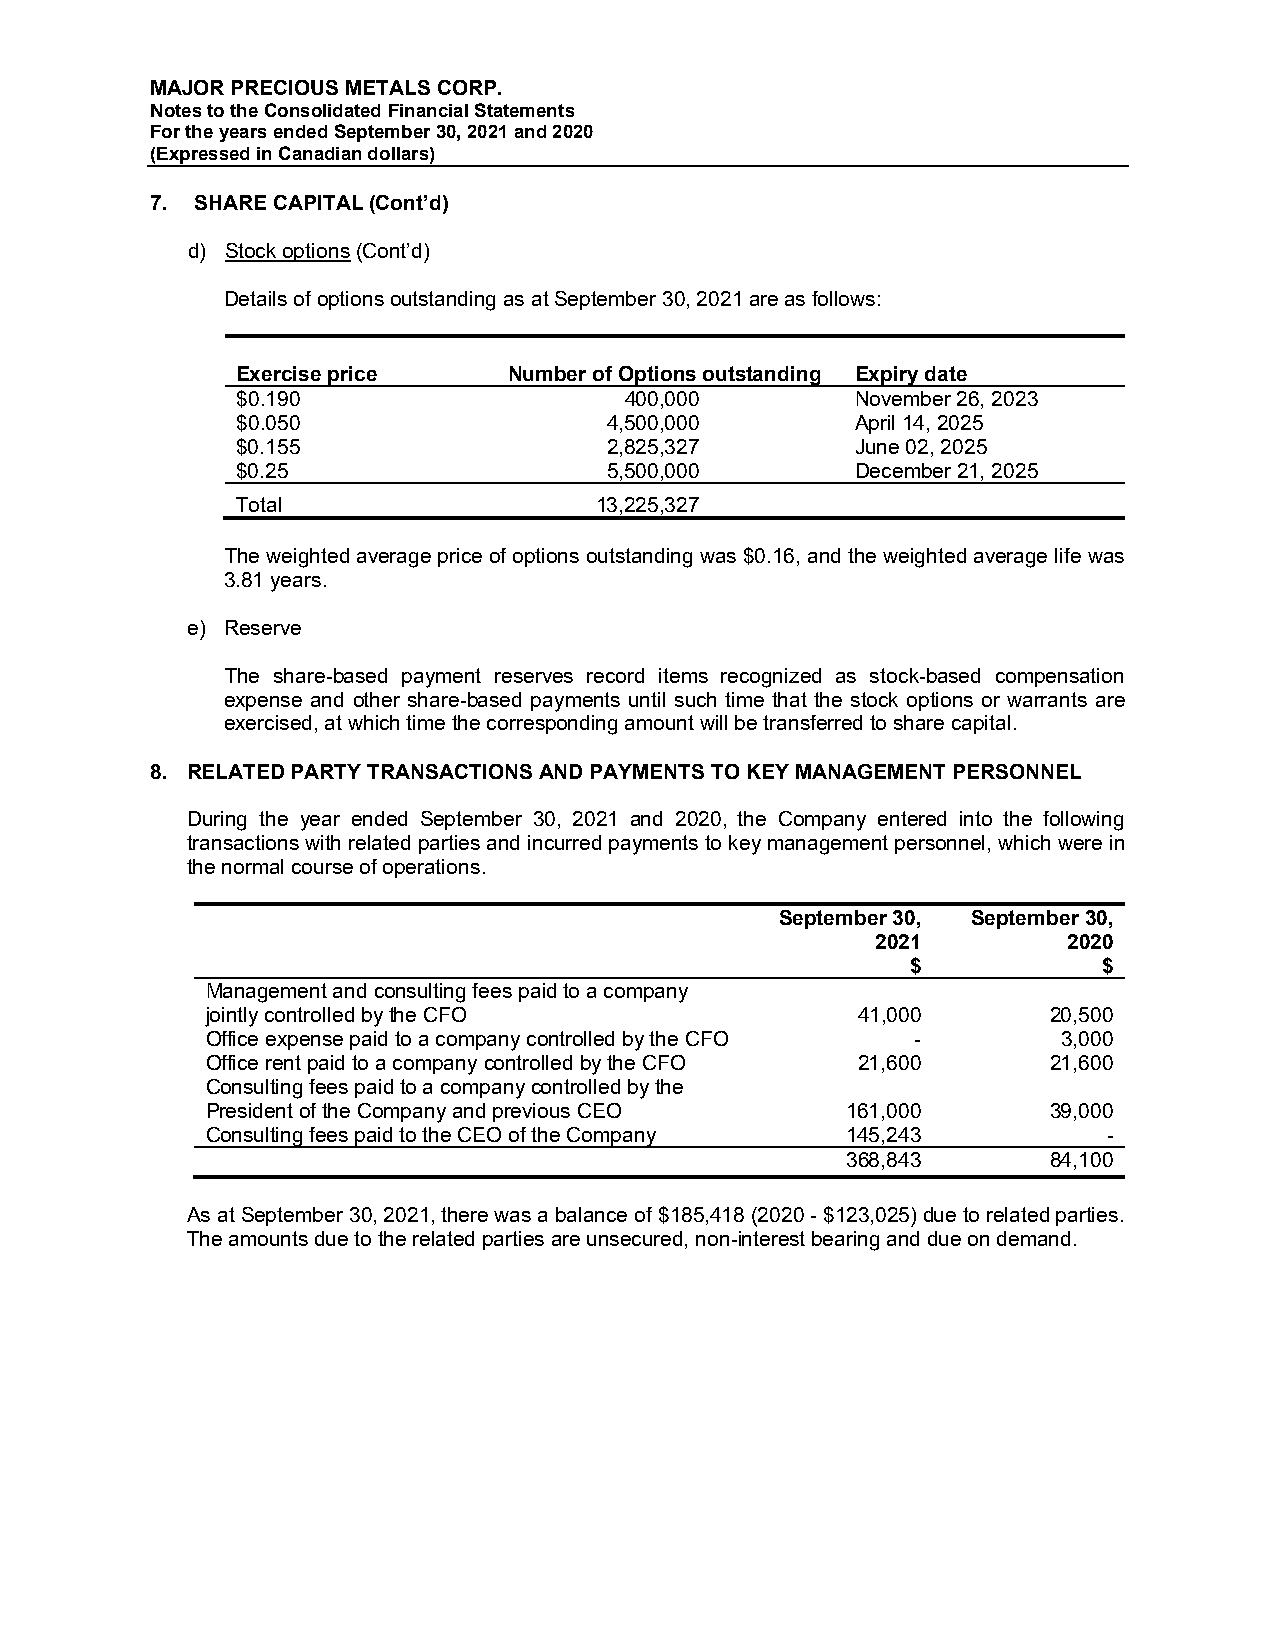
MAJOR PRECIOUS METALS CORP.
 Notes to the Consolidated Financial Statements
 For the years ended September 30, 2021 and 2020
 (Expressed in Canadian dollars)
 7. SHARE CAPITAL (Cont’d)
 d) Stock options (Cont’d)
 Details of options outstanding as at September 30, 2021 are as follows:
 Exercise price    Number of Options outstanding Expiry date
 $0.190                   400,000         November 26, 2023
 $0.050                  4,500,000        April 14, 2025
 $0.155                  2,825,327        June 02, 2025
 $0.25                   5,500,000        December 21, 2025
 Total                  13,225,327
 The weighted average price of options outstanding was $0.16, and the weighted average life was
 3.81 years.
 e) Reserve
 The share-based payment reserves record items recognized as stock-based compensation
 expense and other share-based payments until such time that the stock options or warrants are
 exercised, at which time the corresponding amount will be transferred to share capital.
 8. RELATED PARTY TRANSACTIONS AND PAYMENTS TO KEY MANAGEMENT PERSONNEL
 During the year ended September 30, 2021 and 2020, the Company entered into the following
 transactions with related parties and incurred payments to key management personnel, which were in
 the normal course of operations.
 September 30, September 30,
 2021         2020
 $            $
 Management and consulting fees paid to a company
 jointly controlled by the CFO              41,000      20,500
 Office expense paid to a company controlled by the CFO - 3,000
 Office rent paid to a company controlled by the CFO 21,600 21,600
 Consulting fees paid to a company controlled by the
 President of the Company and previous CEO 161,000      39,000
 Consulting fees paid to the CEO of the Company 145,243     -
 368,843      84,100
 As at September 30, 2021, there was a balance of $185,418 (2020 - $123,025) due to related parties.
 The amounts due to the related parties are unsecured, non-interest bearing and due on demand.